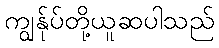
ကျွန်ုပ်တို့ယူဆပါသည်